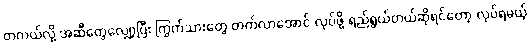
တကယ်လို့ အဆီတွေလျှော့ပြီး ကြွက်သားတွေ တက်လာအောင် လုပ်ဖို့ ရည်ရွယ်တယ်ဆိုရင်တော့ လုပ်ရမယ့်